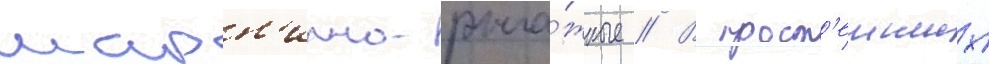
шарн'ирно-рыча́жные // В прост'еиших